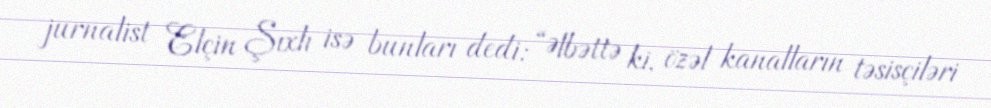
jurnalist Elçin Şıxlı isə bunları dedi: “Əlbəttə ki, özəl kanalların təsisçiləri